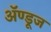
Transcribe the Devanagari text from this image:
ॲण्डूज